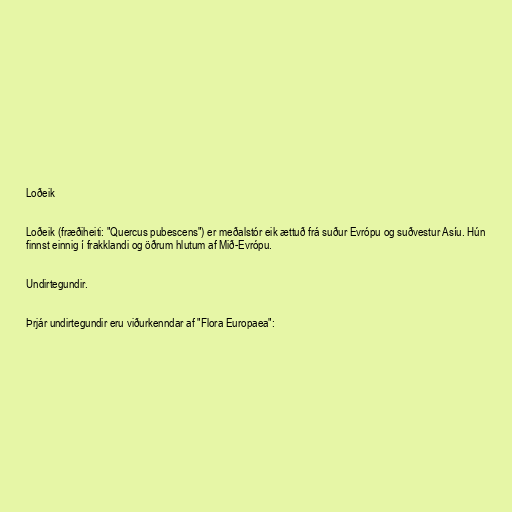
Loðeik

Loðeik (fræðiheiti: "Quercus pubescens") er meðalstór eik ættuð frá suður Evrópu og suðvestur Asíu. Hún
finnst einnig í frakklandi og öðrum hlutum af Mið-Evrópu.

Undirtegundir.

Þrjár undirtegundir eru viðurkenndar af "Flora Europaea":